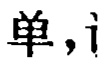
单，i